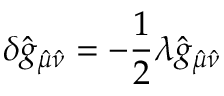
\delta \hat { g } _ { \hat { \mu } \hat { \nu } } = - \frac { 1 } { 2 } \lambda \hat { g } _ { \hat { \mu } \hat { \nu } }